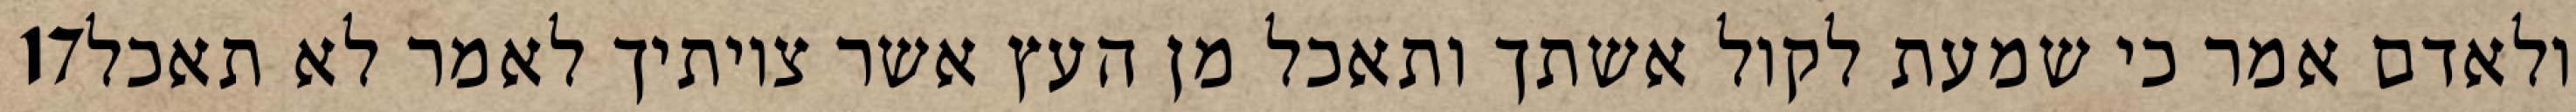
‎17‏ ולאדם אמר כי שמעת לקול אשתך ותאכל מן העץ אשר צויתיך לאמר לא תאכל